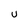
Character: U